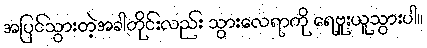
အပြင်သွားတဲ့အခါတိုင်းလည်း သွားလေရာကို ရေဗူးယူသွားပါ။